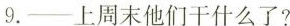
9.——上周末他们干什么了?